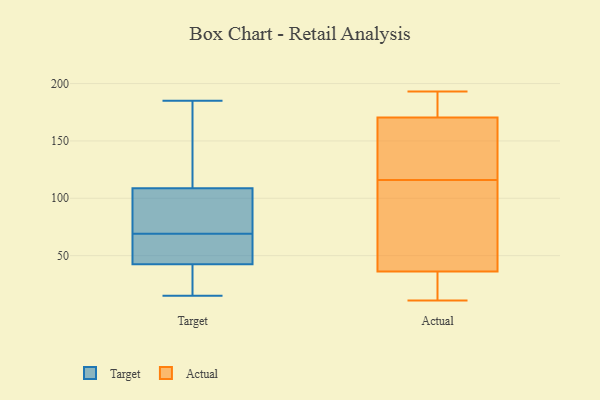
{"axis": {"x": "Inventory Turnover", "y": "Value"}, "legend": ["Actual", "Target"], "data": [{"x": "", "y": 113, "type": "Target"}, {"x": "", "y": 19, "type": "Target"}, {"x": "", "y": 47, "type": "Target"}, {"x": "", "y": 93, "type": "Target"}, {"x": "", "y": 48, "type": "Target"}, {"x": "", "y": 66, "type": "Target"}, {"x": "", "y": 169, "type": "Target"}, {"x": "", "y": 165, "type": "Target"}, {"x": "", "y": 38, "type": "Target"}, {"x": "", "y": 36, "type": "Target"}, {"x": "", "y": 77, "type": "Target"}, {"x": "", "y": 52, "type": "Target"}, {"x": "", "y": 87, "type": "Target"}, {"x": "", "y": 41, "type": "Target"}, {"x": "", "y": 15, "type": "Target"}, {"x": "", "y": 111, "type": "Target"}, {"x": "", "y": 69, "type": "Target"}, {"x": "", "y": 102, "type": "Target"}, {"x": "", "y": 185, "type": "Target"}, {"x": "", "y": 180, "type": "Actual"}, {"x": "", "y": 133, "type": "Actual"}, {"x": "", "y": 186, "type": "Actual"}, {"x": "", "y": 193, "type": "Actual"}, {"x": "", "y": 116, "type": "Actual"}, {"x": "", "y": 115, "type": "Actual"}, {"x": "", "y": 32, "type": "Actual"}, {"x": "", "y": 12, "type": "Actual"}, {"x": "", "y": 37, "type": "Actual"}, {"x": "", "y": 174, "type": "Actual"}, {"x": "", "y": 11, "type": "Actual"}, {"x": "", "y": 104, "type": "Actual"}, {"x": "", "y": 22, "type": "Actual"}, {"x": "", "y": 45, "type": "Actual"}, {"x": "", "y": 169, "type": "Actual"}, {"x": "", "y": 133, "type": "Actual"}, {"x": "", "y": 171, "type": "Actual"}, {"x": "", "y": 36, "type": "Actual"}, {"x": "", "y": 144, "type": "Actual"}]}